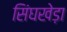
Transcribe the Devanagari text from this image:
सिंघखेड़ा